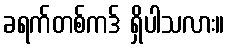
ခရက်တစ်ကဒ် ရှိပါသလား။